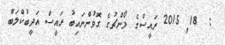
:  18